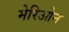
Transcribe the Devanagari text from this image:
मेरिओन